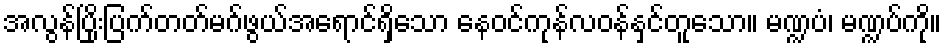
အလွန်ပြိုးပြက်တတ်မဂ်ဖွယ်အရောင်ရှိသော နေဝင်ကုန်လဝန်နှင်တူသော။ မဏ္ဍပံ၊ မဏ္ဍပ်ကို။